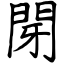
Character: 閕